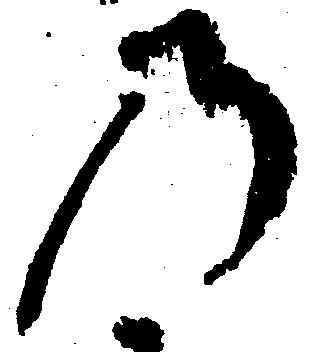
の